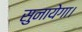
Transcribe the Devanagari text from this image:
सुनायेगा।